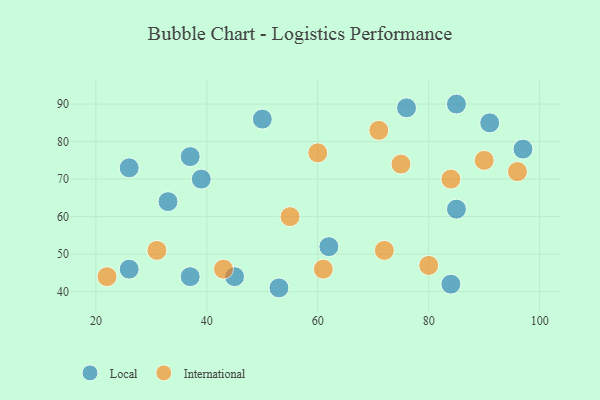
{"axis": {"x": "GDP", "y": "Life Expectancy"}, "legend": ["International", "Local"], "data": [{"x": "45", "y": 44, "type": "Local"}, {"x": "26", "y": 46, "type": "Local"}, {"x": "37", "y": 76, "type": "Local"}, {"x": "37", "y": 44, "type": "Local"}, {"x": "50", "y": 86, "type": "Local"}, {"x": "76", "y": 89, "type": "Local"}, {"x": "26", "y": 73, "type": "Local"}, {"x": "39", "y": 70, "type": "Local"}, {"x": "53", "y": 41, "type": "Local"}, {"x": "97", "y": 78, "type": "Local"}, {"x": "33", "y": 64, "type": "Local"}, {"x": "84", "y": 42, "type": "Local"}, {"x": "85", "y": 62, "type": "Local"}, {"x": "85", "y": 90, "type": "Local"}, {"x": "91", "y": 85, "type": "Local"}, {"x": "62", "y": 52, "type": "Local"}, {"x": "60", "y": 77, "type": "International"}, {"x": "43", "y": 46, "type": "International"}, {"x": "55", "y": 60, "type": "International"}, {"x": "90", "y": 75, "type": "International"}, {"x": "75", "y": 74, "type": "International"}, {"x": "71", "y": 83, "type": "International"}, {"x": "84", "y": 70, "type": "International"}, {"x": "61", "y": 46, "type": "International"}, {"x": "72", "y": 51, "type": "International"}, {"x": "80", "y": 47, "type": "International"}, {"x": "96", "y": 72, "type": "International"}, {"x": "31", "y": 51, "type": "International"}, {"x": "22", "y": 44, "type": "International"}]}